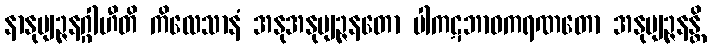
နာနုဗျဉ္ဇနဂ္ဂါဟီတိ ကိလေသာနံ အနုအနုဗျဉ္ဇနတော ပါကဋဘာဝကရဏတော အနုဗျဉ္ဇနန္တိ